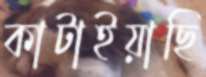
কাটাইয়াছি